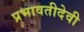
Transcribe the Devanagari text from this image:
प्रभावतीदेवी